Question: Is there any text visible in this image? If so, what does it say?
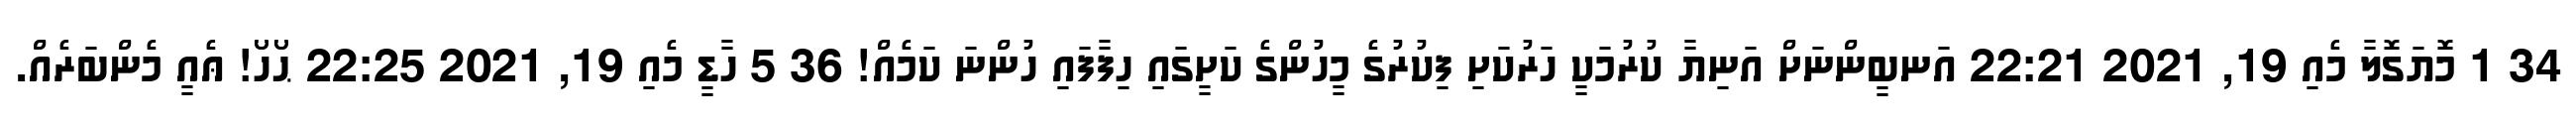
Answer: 34 1 މޮޔަގޮލާ މެއި 19, 2021 22:21 އަނބީންނަށް އަނިޔާ ކުރުމަކީ ހަރުކަށި ފިކުރުގެ މީހުންގެ ކަށީގައި ހިފާފައި ހުންނަ ކަމެއް! 36 5 ހާޑީ މެއި 19, 2021 22:25 ޙޯހޯ! ޢެއީ މެންބަރެއް.